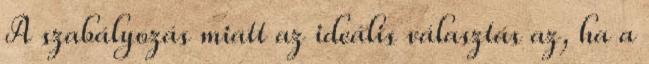
A szabályozás miatt az ideális választás az, ha a